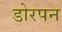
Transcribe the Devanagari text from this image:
डोरपन